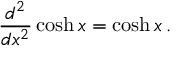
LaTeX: { \frac { d ^ { 2 } } { d x ^ { 2 } } } \cosh x = \cosh x \, .